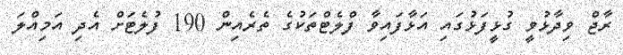
ރާޖް ވިދާޅުވީ ގުޅީފަޅުގައި އަޅާފައިވާ ފްލެޓްތަކުގެ ތެރެއިން 190 ފުލެޓަށް އެދި އަމިއްލަ